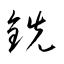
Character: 銑